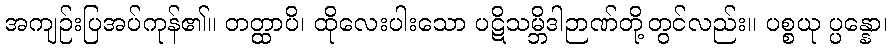
အကျဉ်းပြအပ်ကုန်၏။ တတ္ထာပိ၊ ထိုလေးပါးသော ပဋိသမ္ဘိဒါဉာဏ်တို့တွင်လည်း။ ပစ္စယု ပ္ပန္နော၊